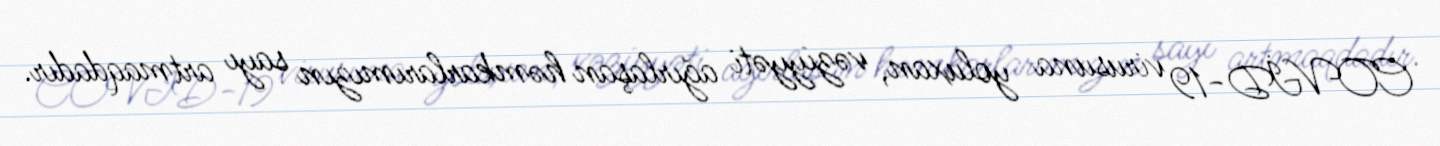
COVİD-19 virusuna yoluxan, vəziyyəti ağırlaşan həmkarlarımızın sayı artmaqdadır.